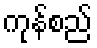
ကုန်စည်